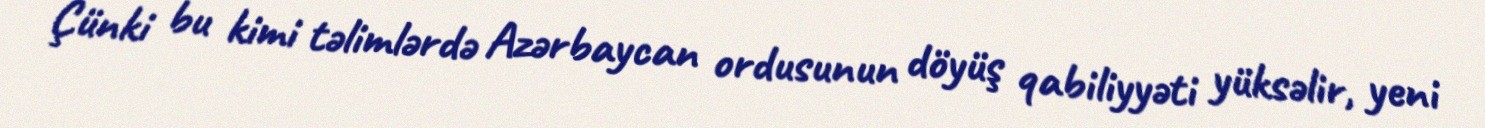
Çünki bu kimi təlimlərdə Azərbaycan ordusunun döyüş qabiliyyəti yüksəlir, yeni